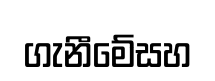
ගැනීමේසහ